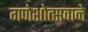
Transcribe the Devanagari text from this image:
गणेशोत्सवाने